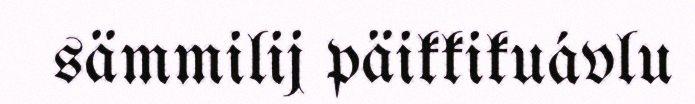
sämmilij päikkikuávlu